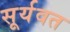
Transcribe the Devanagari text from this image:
सूर्यवत